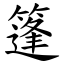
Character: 篷